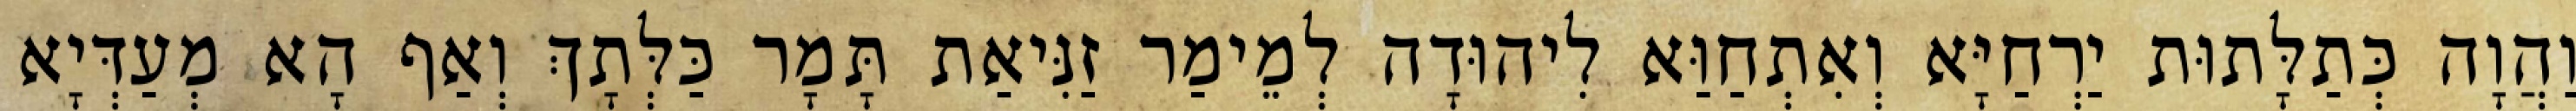
וַהֲוָה כְּתַלָּתוּת יַרְחַיָּא וְאִתְחַוַּא לִיהוּדָה לְמֵימַר זַנִּיאַת תָּמָר כַּלְּתָךְ וְאַף הָא מְעַדְּיָא